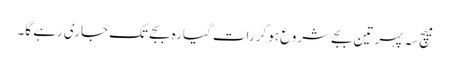
میچ سہ پہر تین بجے شروع ہوکر رات گیارہ بجے تک جاری رہے گا۔